Vital statistics of India. Vol. VI, European troops 1870-79
Year: 1870
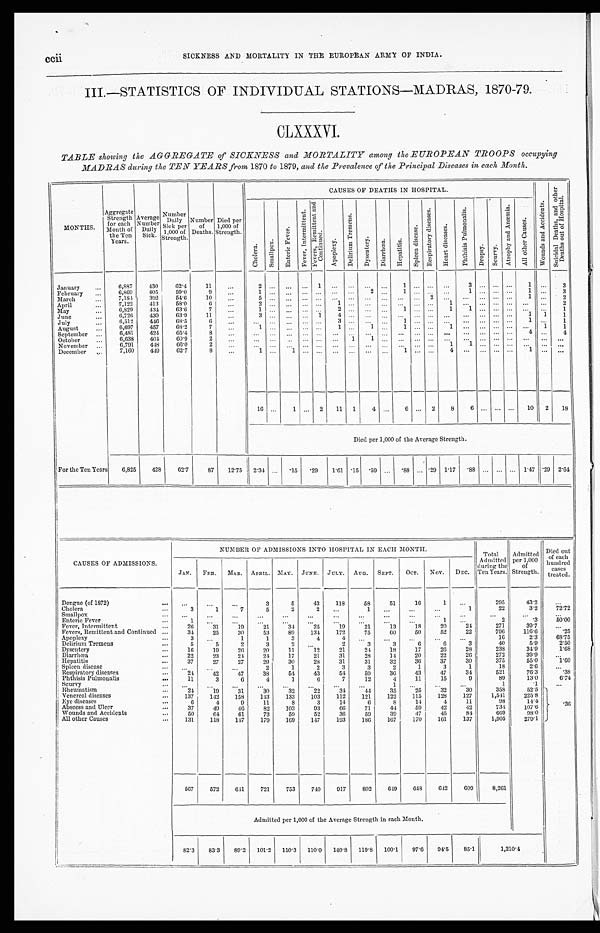
ccii SICKNESS AND MORTALITY IN THE EUROPEAN ARMY OF INDIA.
III.—STATISTICS OF INDIVIDUAL STATIONS—MADRAS, 1870-79.
CLXXXVI.
TABLE showing the AGGREGATE of SICKNESS and MORTALITY among the EUROPEAN TROOPS occupying
MADRAS during the TEN YEARS from 1870 to 1879, and the Prevalence of the Principal Diseases in each Month.
MONTHS.
Ag g r e g a t e S t r e n g t h f o r e a c h Mo n t h o f t h e Te n Ye a r s .
Aver age Number Dai l y Si ck.
Nu mb e r Da i l y Si c k p e r 1 , 0 0 0 o f St r e n g t h .
Number of Deaths. Di ed per 1, 000 of St rengt h.
CAUSES OF DEATHS I N HOSPI TAL.
W o u n d s a n d A c c i d e n t s .
S u i c i d a l D e a t h s , a n d o t h e r D e a t h s o u t o f H o s p i t a l .
C h o l e r a .
S m a l l p o x .
E n t e r i c F e v e r .
F e v e r , I n t e r m i t t e n t .
F e v e r s , R e m i t t e n t a n d C o n t i n u e d .
A p o p l e x y .
D e l i r i u m T r e m e n s .
D y s e n t e r y .
Di a r r hœa .
H e p a t i t i s .
S p l e e n d i s e a s e .
R e s p i r a t o r y d i s e a s e s .
H e a r t d i s e a s e s .
P h t h i s i s P u l m o n a l i s .
Dr o p s y .
Se ur vy.
A t r o p h y a n d A n æ m i a .
A l l o t h e r C a u s e s .
January
6 , 8 8 7
4 3 0
6 2 . 4
1 1
. . .
2
. . . ... ...
1
... ...
. . . ...
1
. . .
...
...
3
. . .
...
. . . 1 ...
3
February
6 , 8 6 9
4 0 5
5 9 . 0
9 ... 1
. . . ... ...
. . . ... ...
2 ...
1
. . .
...
...
1
. . .
...
. . .
1 ...
3
March
7 , 1 8 4
3 9 2
5 4 . 6
1 0
. . . 5
. . . ... ...
. . . ... ...
. . . ... ...
. . .
2
...
. . .
. . .
...
. . .
1 ...
2
April
7 , 1 2 2
4 1 3
5 8 . 0
6 . . . 2
. . . ... ...
. . . 1 ...
. . . ... ...
. . . ... 1
. . .
. . .
...
. . .
. . .
...
2
May
6 , 8 2 9
4 3 4
6 3 . 6
7 . . .
1
. . . ... ...
. . .
2 ...
. . . ... 1
. . . ... 1
1
. . .
...
. . .
. . .
...
1
June
6 , 7 2 6
4 3 0
6 3 . 9
1 1
. . . 3
. . . ... ...
1
4 ...
. . . ...
. . .
. . . ...
...
. . .
. . . ...
. . .
1
1
1
July
6 , 5 1 2
4 4 6
6 8 . 5
6 . . . ...
. . .
... ...
. . . 3
...
. . . ...
1
. . . ...
...
. . .
. . . ... ...
1 ...
1
August
6 , 6 9 7
4 5 7
6 8 . 2
7 . . .
1
. . . ... ...
. . .
1
...
1 ... 1
. . .
...
1
. . .
. . . ...
. . .
. . .
1
1
September
6 , 4 8 1
4 2 4
6 5 . 4
8
...
. . . . . .
... ...
. . .
. . . ...
. . . ...
. . .
. . . ...
...
. . .
. . . ...
. . .
4 ...
4
October
6 , 6 3 8
4 0 4
6 0 . 9
2
...
. . . . . .
. . . ...
. . .
. . .
1
1 ...
. . .
. . . ...
...
. . .
. . . ...
. . . ... ...
. . .
November
6 , 7 9 1
4 4 8
6 6 . 0
2
...
. . . . . .
. . .
...
. . .
. . .
. . . . . . ...
. . .
. . . ...
1
1
. . . ...
. . . ... ...
. . .
December
7 , 1 6 0
4 4 9
6 2 . 7
8
...
1
. . .
1
...
. . . ...
. . .
. . . ...
1
. . .
... 4
. . .
. . .
...
. . . 1 ...
. . .
1 6 . . .
1 ...
2
1 1
1
4
...
6
. . .
2
8
6
. . .
... ...
1 0
2
1 8
D i e d p e r 1 , 0 0 0 o f t h e A v e r a g e S t r e n g t h .
For the Ten Years
6 , 8 2 5
4 2 8
6 2 . 7
8 7
1 2 . 7 5
2 . 3 4 . . .
. 1 5
. 2 9
1 . 6 1
. 1 5
. 5 9
. . .
. 8 8
. . .
. 2 9
1 . 1 7
. 8 8
. . .
. . .
. . .
1 . 4 7
. 2 9
2 . 6 4
CAUSES OF ADMISSIONS.
NUMBER OF ADMISSIONS INTO HOSPITAL IN EACH MONTH.
T o t a l Ad mi t t e d d u r i n g t h e T e n Ye a r s .
Admi tted per 1, 000 of Strength.
Died out
of each
hundred
cases
treated.
JAN.
FEB.
MAR. APRIL. MAY. JUNE. JULY. AUG. SEPT.
OCT.
NOV.
DEC.
Dengue (of 1872)
. . .
. . .
. . .
3
5
4 3
1 1 8
5 8
5 1
1 6
1
. . .
2 9 5
4 3 . 2
. . .
Ch o l e r a
3
1
7
5
2
2
. . .
1
. . .
. . .
. . .
1
2 2
3 . 2
7 2 . 7 2
Smallpox
. . .
. . .
. . .
. . .
. . .
. . .
. . .
. . .
. . .
. . .
. . .
. . .
. . .
. . .
. . .
Enteric Fever
1
. . .
. . .
. . .
. . .
. . .
. . .
. . .
. . .
. . .
1
. . .
2
. 3
5 0 . 0 0
Fever, Intermittent
2 6
3 1
1 9
2 1
3 4
2 5
1 9
2 1
1 3
1 8
2 0
2 4
2 7 1
3 9 . 7
. . .
Fevers, Remittent and Continued
3 4
2 5
3 0
5 3
8 9
1 3 4
1 7 2
7 5
6 0
5 0
5 2
2 2
7 9 6
1 1 6 . 6
. 2 5
Apoplexy
3
. . .
1
1
3
4
4
. . .
. . .
. . .
. . .
. . .
1 6
2 . 3
6 8 . 7 5
Delirium Tremens
5
5
2
3
2
. . .
2
3
3
6
6
3
4 0
5 . 9
2 . 5 0
Dysentery
1 6
1 9
2 6
2 0
1 1
1 2
2 1
2 4
1 8
1 7
2 6
2 8
2 3 8
3 4 . 9
1 . 6 8
Diarrhœa
2 2
2 3
2 4
2 4
1 7
2 1
3 1
2 8
1 4
2 0
2 2
2 6
2 7 2
3 9 . 9
. . .
Hepat i t i s
3 7
2 7
2 7
2 9
3 0
2 8
3 1
3 1
3 2
3 6
3 7
3 0
3 7 5
5 5 . 0
1 . 6 0
Spleen disease
. . .
. . .
. . .
2
1
2
3
3
2
1
3
1
1 8
2 . 6
. . .
Respiratory diseases
2 4
4 2
4 7
3 8
5 4
4 3
5 4
5 9
3 6
4 3
4 7
3 4
5 2 1
7 6 . 3
. 3 8
Phthisis Pulmonalis
1 1
3
6
4
1
6
7
1 2
4
1 1
1 5
9
8 9
1 3 . 0
6 . 7 4
Seurvy
. . .
. . .
. . .
. . .
. . .
. . .
. . .
1
. . .
. . .
. . .
. . .
1
. 1
. . .
Rheumatism
2 4
1 9
3 1
3 0
3 2
2 2
3 4
4 4
3 5
2 5
3 2
3 0
3 5 8
5 2 . 5
. 3 6
Venereal diseases
1 3 7
1 4 2
1 5 8
1 4 3
1 3 3
1 0 3
1 1 2
1 2 1
1 2 2
1 1 5
1 2 8
1 2 7
1 , 5 4 1
2 2 5 . 8
Eye diseases
6
4
9
1 1
8
3
1 4
6
8
1 4
4
1 1
9 8
1 4 . 4
Abscess and Ulcer
3 7
4 9
4 6
8 2
1 0 3
9 3
6 6
7 1
4 4
5 9
4 2
4 2
7 3 4
1 0 7 . 6
Wounds and Accidents
5 0
6 4
6 1
7 3
5 9
5 2
3 6
5 9
3 9
4 7
4 5
8 4
6 6 9
9 8 . 0
All other Causes
1 3 1
1 1 8
1 4 7
1 7 9
1 6 9
1 4 7
1 9 3
1 8 6
1 6 7
1 7 0
1 6 1
1 3 7
1 , 9 0 5
2 7 9 . 1
5 6 7
5 7 2
6 4 1
7 2 1
7 5 3
7 4 0
9 1 7
8 0 2
6 4 9
6 4 8
6 4 2
6 0 9
8 , 2 6 1
Admitted per 1,000 of the Average Strength in each Month.
8 2 . 3
8 3 . 3
8 9 . 2
1 0 1 . 2
1 1 0 . 3
1 1 0 . 0
1 4 0 . 8
1 1 9 . 8
1 0 0 . 1
9 7 . 6
9 4 . 5
8 5 . 1
1 , 2 1 0 4